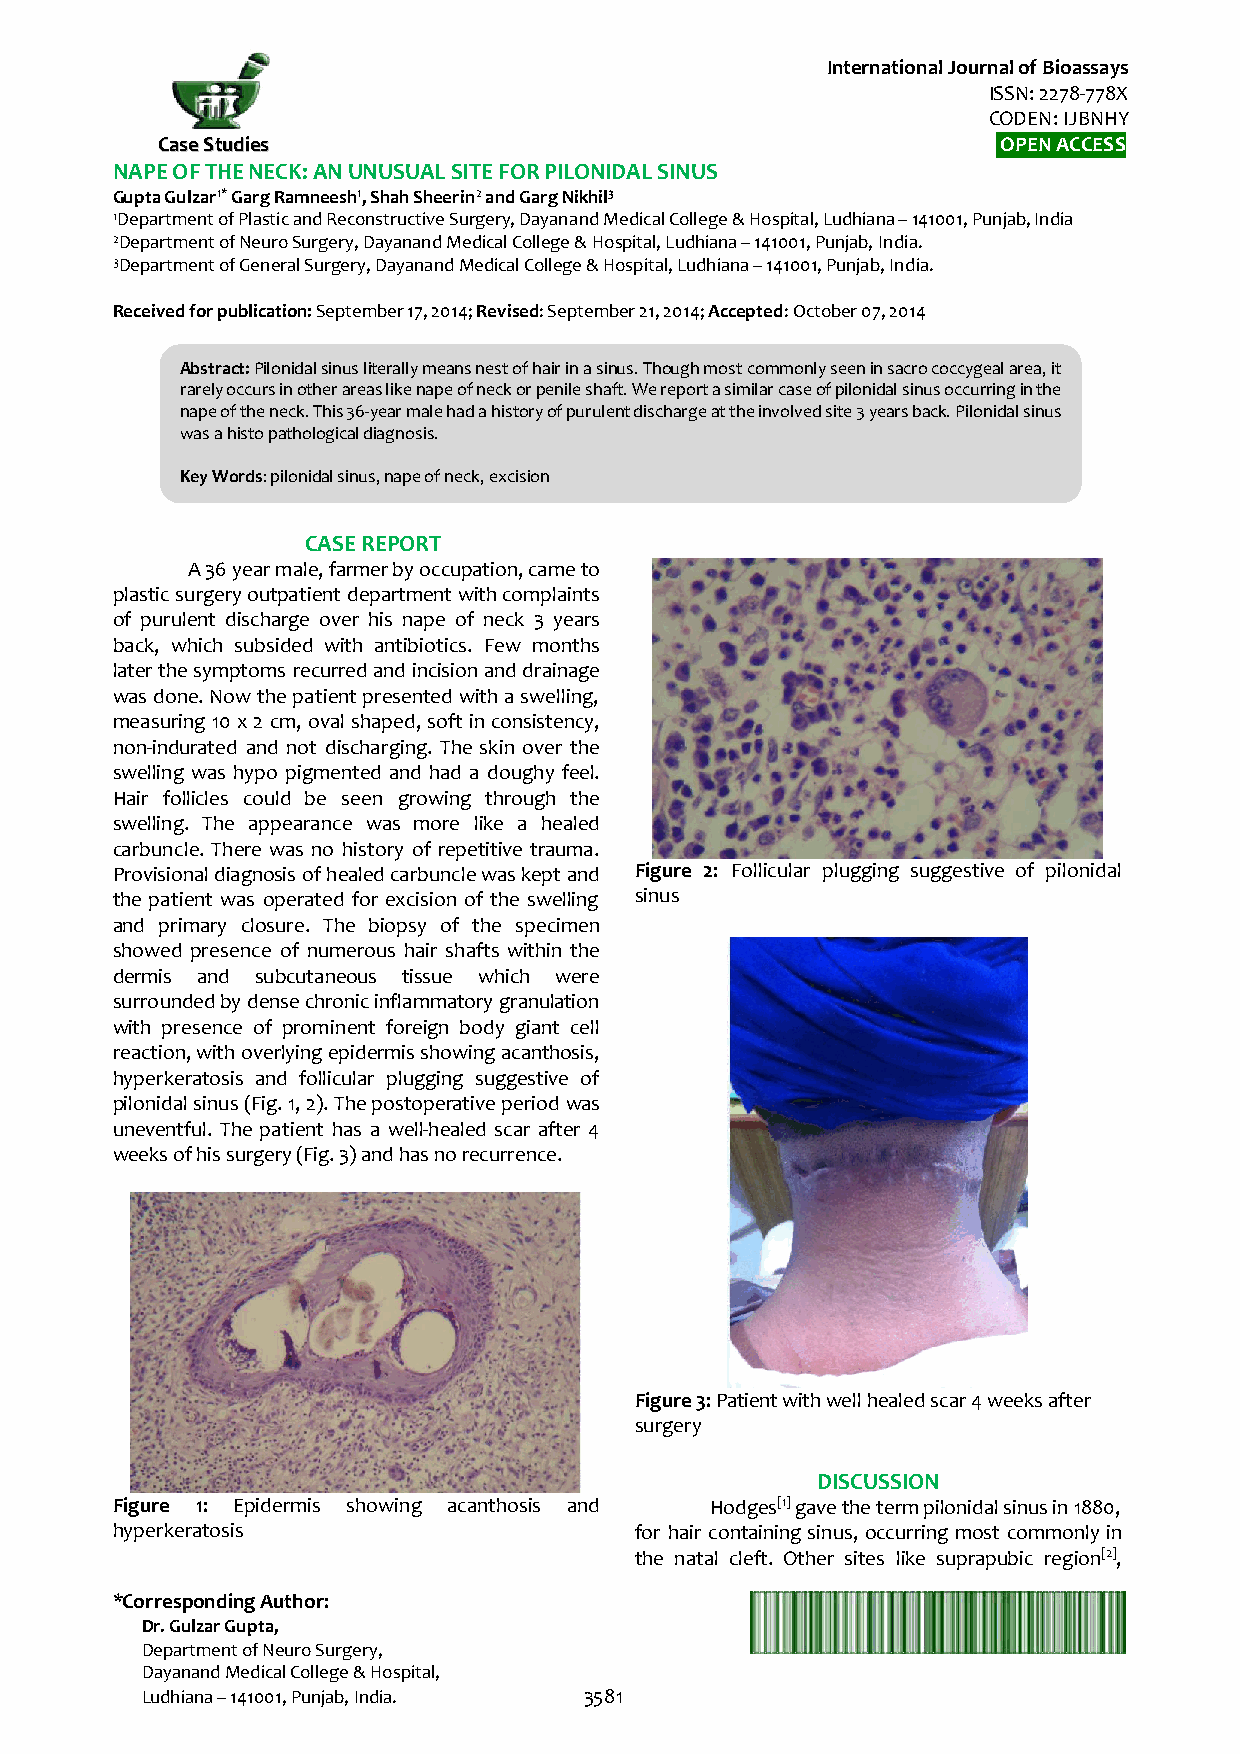
International Journal of Bioassays
 ISSN: 2278-778X
 CODEN: IJBNHY
 CCaassee SSttuuddiieess                                 OPEN ACCESS
 NAPE OF THE NECK: AN UNUSUAL SITE FOR PILONIDAL SINUS
 Gupta Gulzar1* Garg Ramneesh1, Shah Sheerin2 and Garg Nikhil3
 1Department of Plastic and Reconstructive Surgery, Dayanand Medical College & Hospital, Ludhiana – 141001, Punjab, India
 2Department of Neuro Surgery, Dayanand Medical College & Hospital, Ludhiana – 141001, Punjab, India.
 3Department of General Surgery, Dayanand Medical College & Hospital, Ludhiana – 141001, Punjab, India.
 Received for publication: September 17, 2014; Revised: September 21, 2014; Accepted: October 07, 2014
 Abstract: Pilonidal sinus literally means nest of hair in a sinus. Though most commonly seen in sacro coccygeal area, it
 rarely occurs in other areas like nape of neck or penile shaft. We report a similar case of pilonidal sinus occurring in the
 nape of the neck. This 36-year male had a history of purulent discharge at the involved site 3 years back. Pilonidal sinus
 was a histo pathological diagnosis.
 Key Words: pilonidal sinus, nape of neck, excision
 CASE REPORT
 A 36 year male, farmer by occupation, came to
 plastic surgery outpatient department with complaints
 of purulent discharge over his nape of neck 3 years
 back, which subsided with antibiotics. Few months
 later the symptoms recurred and incision and drainage
 was done. Now the patient presented with a swelling,
 measuring 10 x 2 cm, oval shaped, soft in consistency,
 non-indurated and not discharging. The skin over the
 swelling was hypo pigmented and had a doughy feel.
 Hair follicles could be seen growing through the
 swelling. The appearance was more like a healed
 carbuncle. There was no history of repetitive trauma.
 Provisional diagnosis of healed carbuncle was kept and Figure 2: Follicular plugging suggestive of pilonidal
 the patient was operated for excision of the swelling sinus
 and primary closure. The biopsy of the specimen
 showed presence of numerous hair shafts within the
 dermis and subcutaneous tissue which were
 surrounded by dense chronic inflammatory granulation
 with presence of prominent foreign body giant cell
 reaction, with overlying epidermis showing acanthosis,
 hyperkeratosis and follicular plugging suggestive of
 pilonidal sinus (Fig. 1, 2). The postoperative period was
 uneventful. The patient has a well-healed scar after 4
 weeks of his surgery (Fig. 3) and has no recurrence.
 Figure 3: Patient with well healed scar 4 weeks after
 surgery
 DISCUSSION
 Figure 1: Epidermis showing acanthosis and Hodges[1] gave the term pilonidal sinus in 1880,
 hyperkeratosis                     for hair containing sinus, occurring most commonly in
 the natal cleft. Other sites like suprapubic region[2],
 *Corresponding Author:
 Dr. Gulzar Gupta,
 Department of Neuro Surgery,
 Dayanand Medical College & Hospital,
 Ludhiana – 141001, Punjab, India. 3581